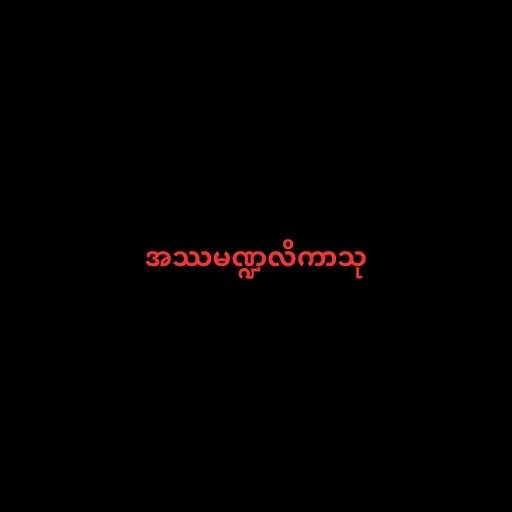
အဿမဏ္ဍလိကာသု